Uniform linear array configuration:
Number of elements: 48
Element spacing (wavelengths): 0.75
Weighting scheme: hamming
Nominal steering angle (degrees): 30
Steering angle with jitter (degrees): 28.166
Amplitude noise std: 0.05
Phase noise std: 0.05

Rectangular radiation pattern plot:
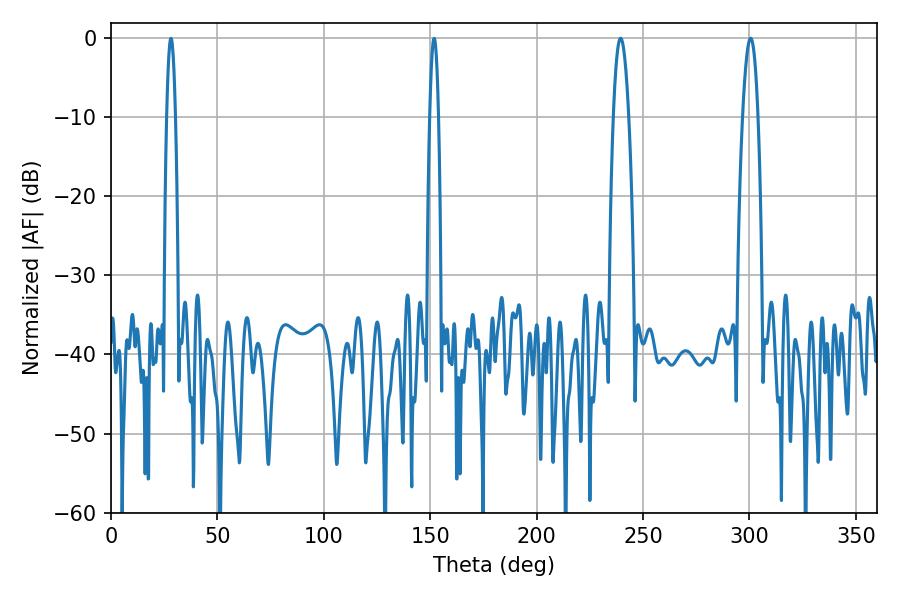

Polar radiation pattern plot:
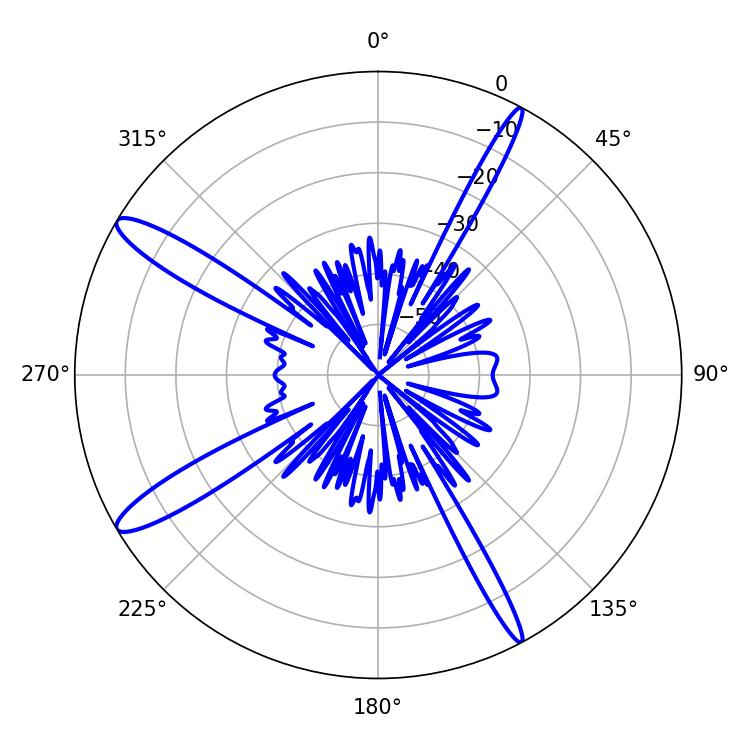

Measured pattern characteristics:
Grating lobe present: TRUE
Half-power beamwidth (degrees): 3.96
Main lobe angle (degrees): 239.4